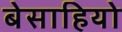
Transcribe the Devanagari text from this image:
बेसाहियो